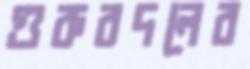
গুরুবদলের